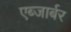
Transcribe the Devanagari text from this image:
एब्जार्बर